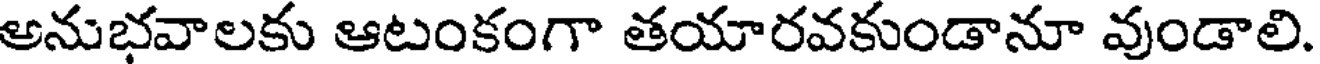
అనుభవాలకు ఆటంకంగా తయారవకుండానూ వుండాలి.